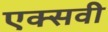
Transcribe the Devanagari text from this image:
एक्सवी